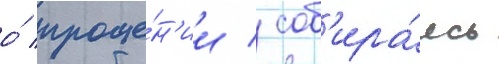
о́ проще́н'ии / соб'ира́ясь